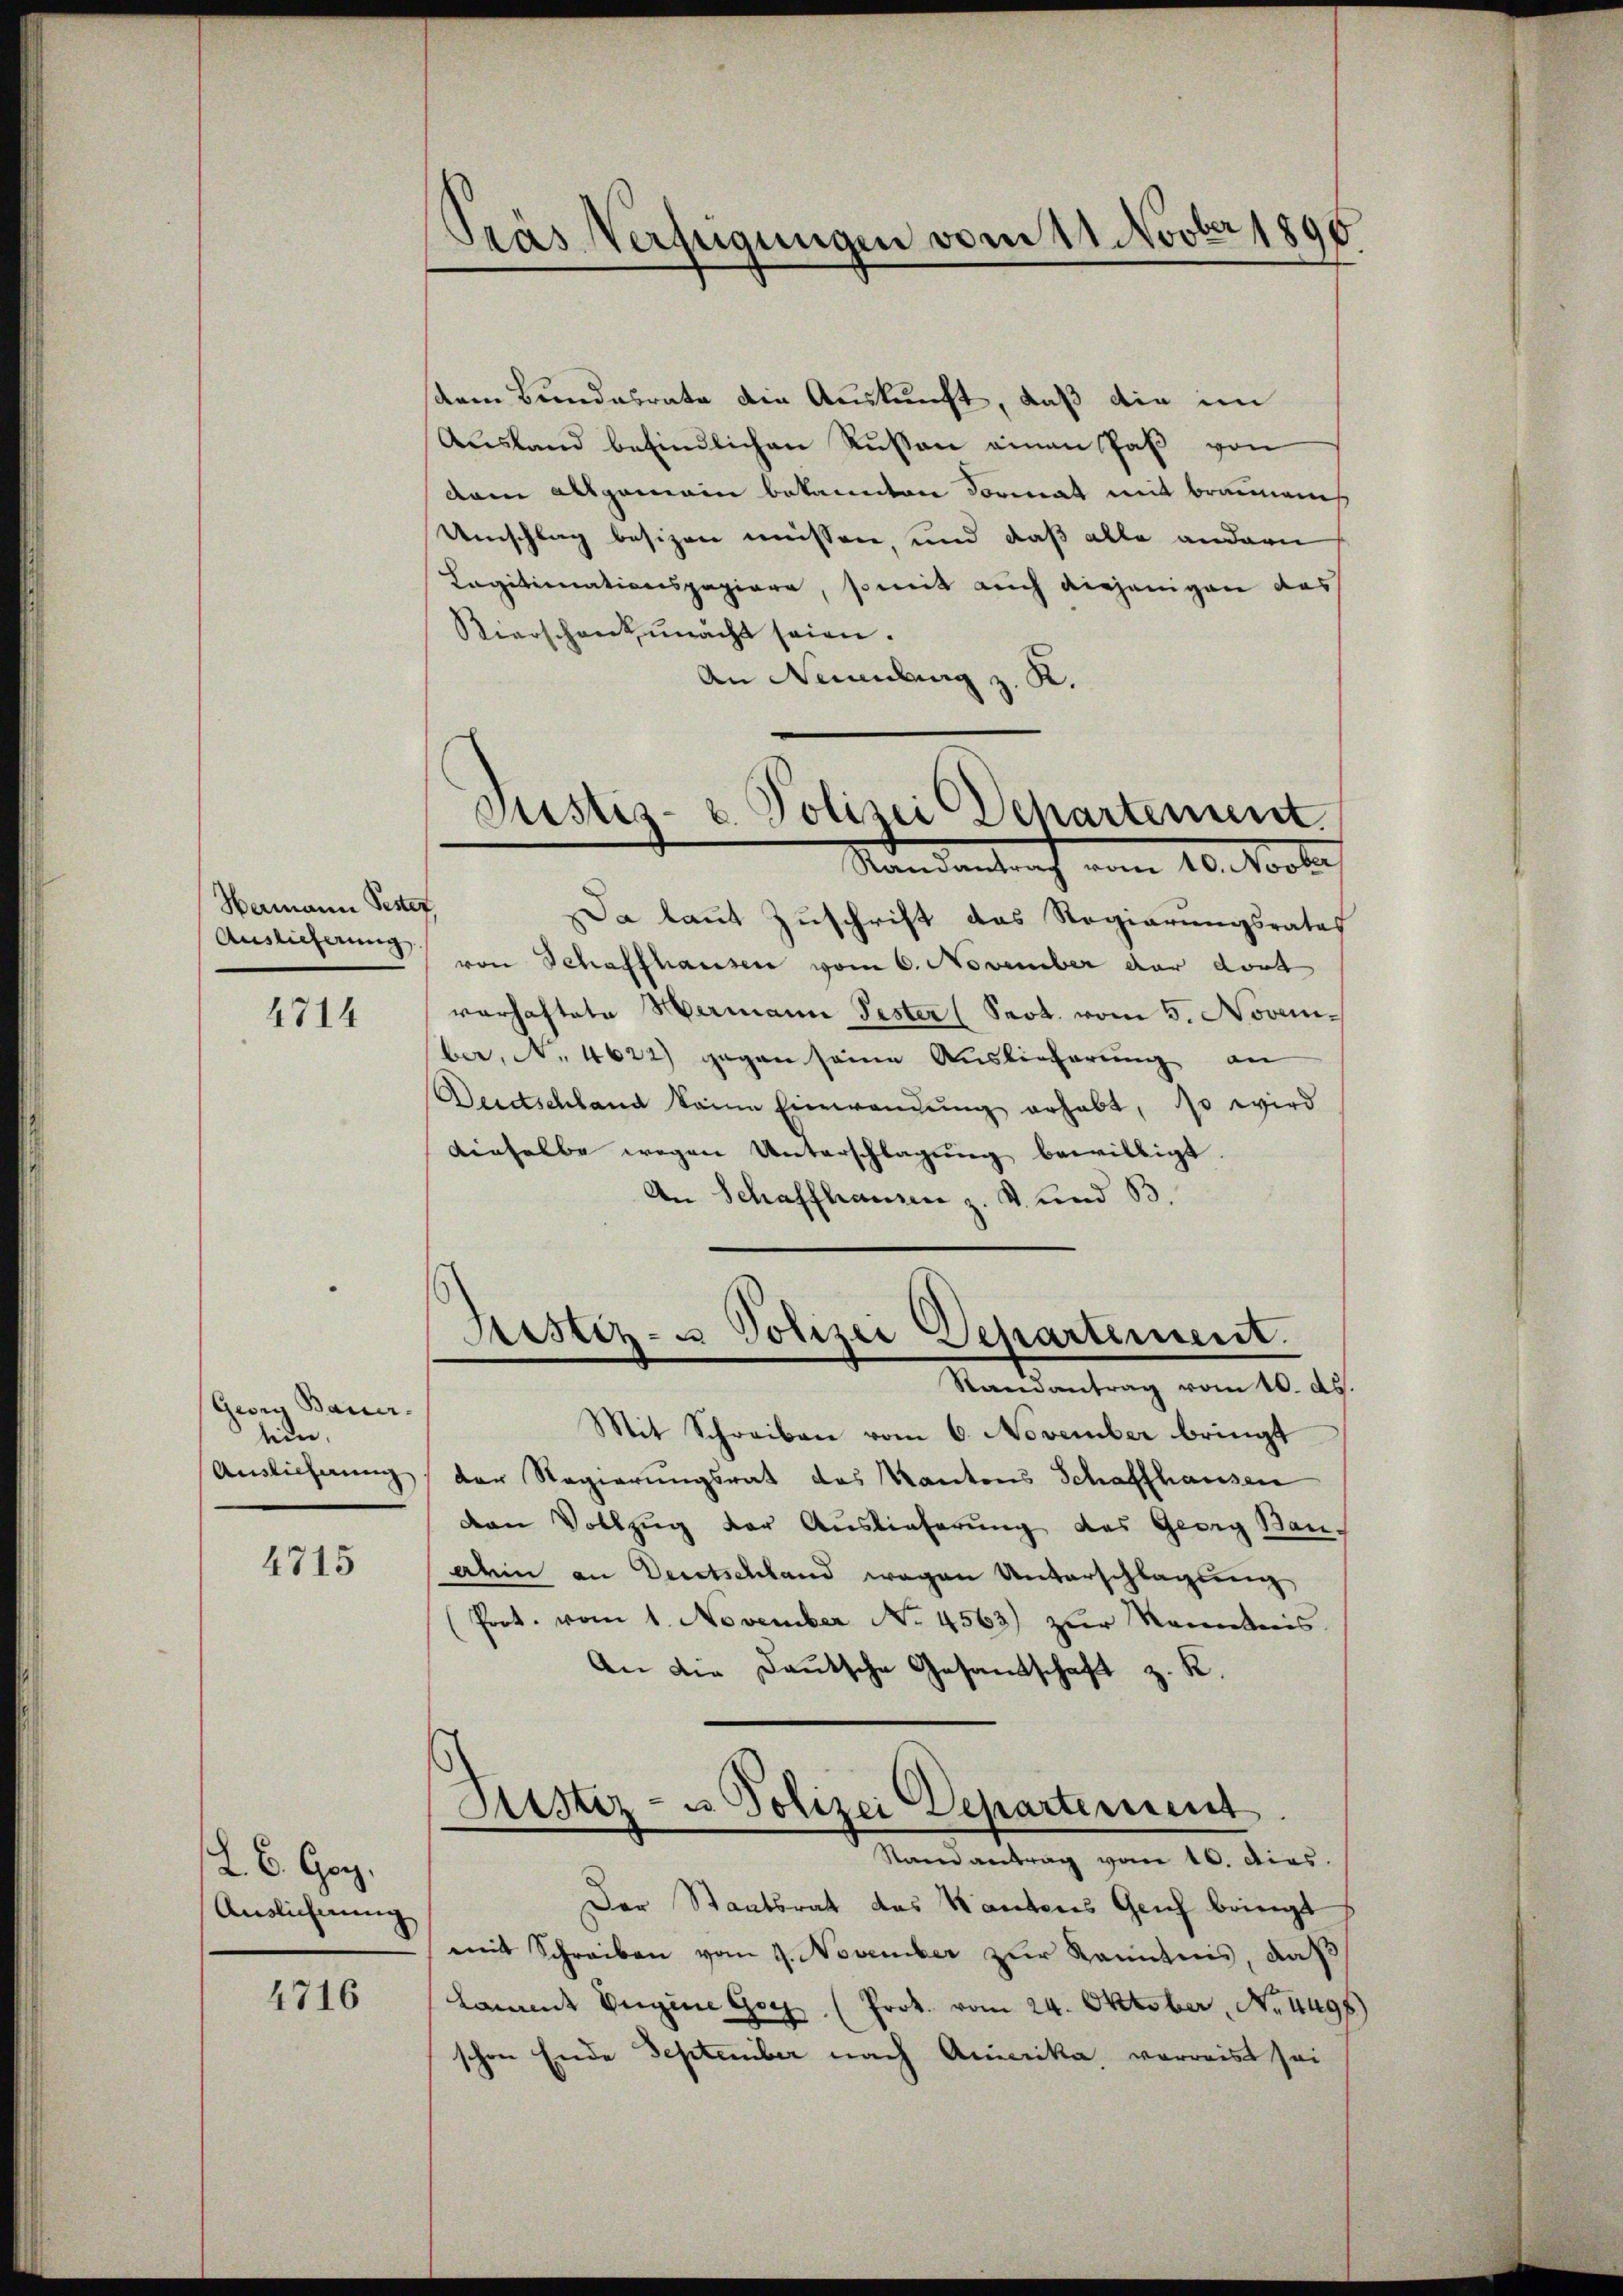
Hermann Pester
Auslieferung

4714

Georg Bauer-
ein,
Auslichnung

4715

L. B. Ger.
Auslieferung

4716

Pras Verfügungen vom 11. Novber 1896.

dem Bundesrate die Auskunft, daß die im
Aŭsland befindlichen Rŭsen einen Paß von
dam allgemein bekannten Format mit braunenh
Umschlag besizen müssen und daß alle andern
Cagitimationspapiere, somit auch diejenigen das
Vierschank macht seien.
An Nennung z. K.
Da laut Zuschrift das Regierungsrates
von Schaffhausen vom 6. November der dort
varhaftete Hermann Pester (Sact. vom 5. November, N. 4622) gegen seine Auslieferung an
Deidschland keine Einwandung erhabt, so wird
dieselbe wegen Unterschlagung bewilligt
An Schaffhausen z. v. und B

Justiz- u. Polizei Departement.
Randantrag vom 10. Novber

Sistiz- u Polizei Departement.
Randantrag vom 10. ds.

Mit Schreiben vom 6. November bringt
der Regierungsrat des Kantons Schaffhausen
van Vollzug der Auslieferung des Georg Bau-
ahin an Deutschland wegen Unterschlagung,
Prot. vom 1. November No. 4563) zur Kenntens.
An die Deutsche Gesamtschaft z. K.
Destiz- u Polizei Departement
Samantrag vom 10. dies.
Der Staatsrat des Kantons Genf bringt
mit Schreiben vom 9. November zur Kenntnis, daß
lamt Eigene Ger. (Prok. vom 24. Oktober, No. 4497
schon Ende September nach Amerika verweist sei